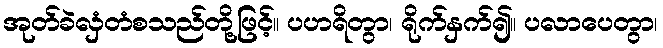
အုတ်ခဲလှံတံစသည်တို့ဖြင့်။ ပဟရိတွာ၊ ရိုက်နှက်၍။ ပလာပေတွာ၊